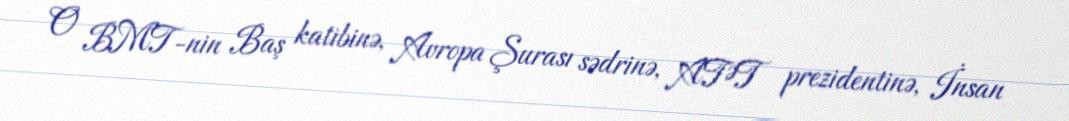
O BMT-nin Baş katibinə, Avropa Şurası sədrinə, ATƏT prezidentinə, İnsan